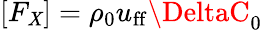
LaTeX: [F_{\mathit{X}}]=\rho_{0}u_{\mathrm{{ff}}}\DeltaC_{0}